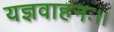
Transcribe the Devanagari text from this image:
यज्ञवाहनः।।